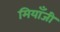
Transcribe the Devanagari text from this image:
मियाँजी